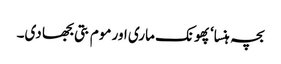
بچہ ہنسا‘ پھونک ماری اور موم بتی بجھا دی۔